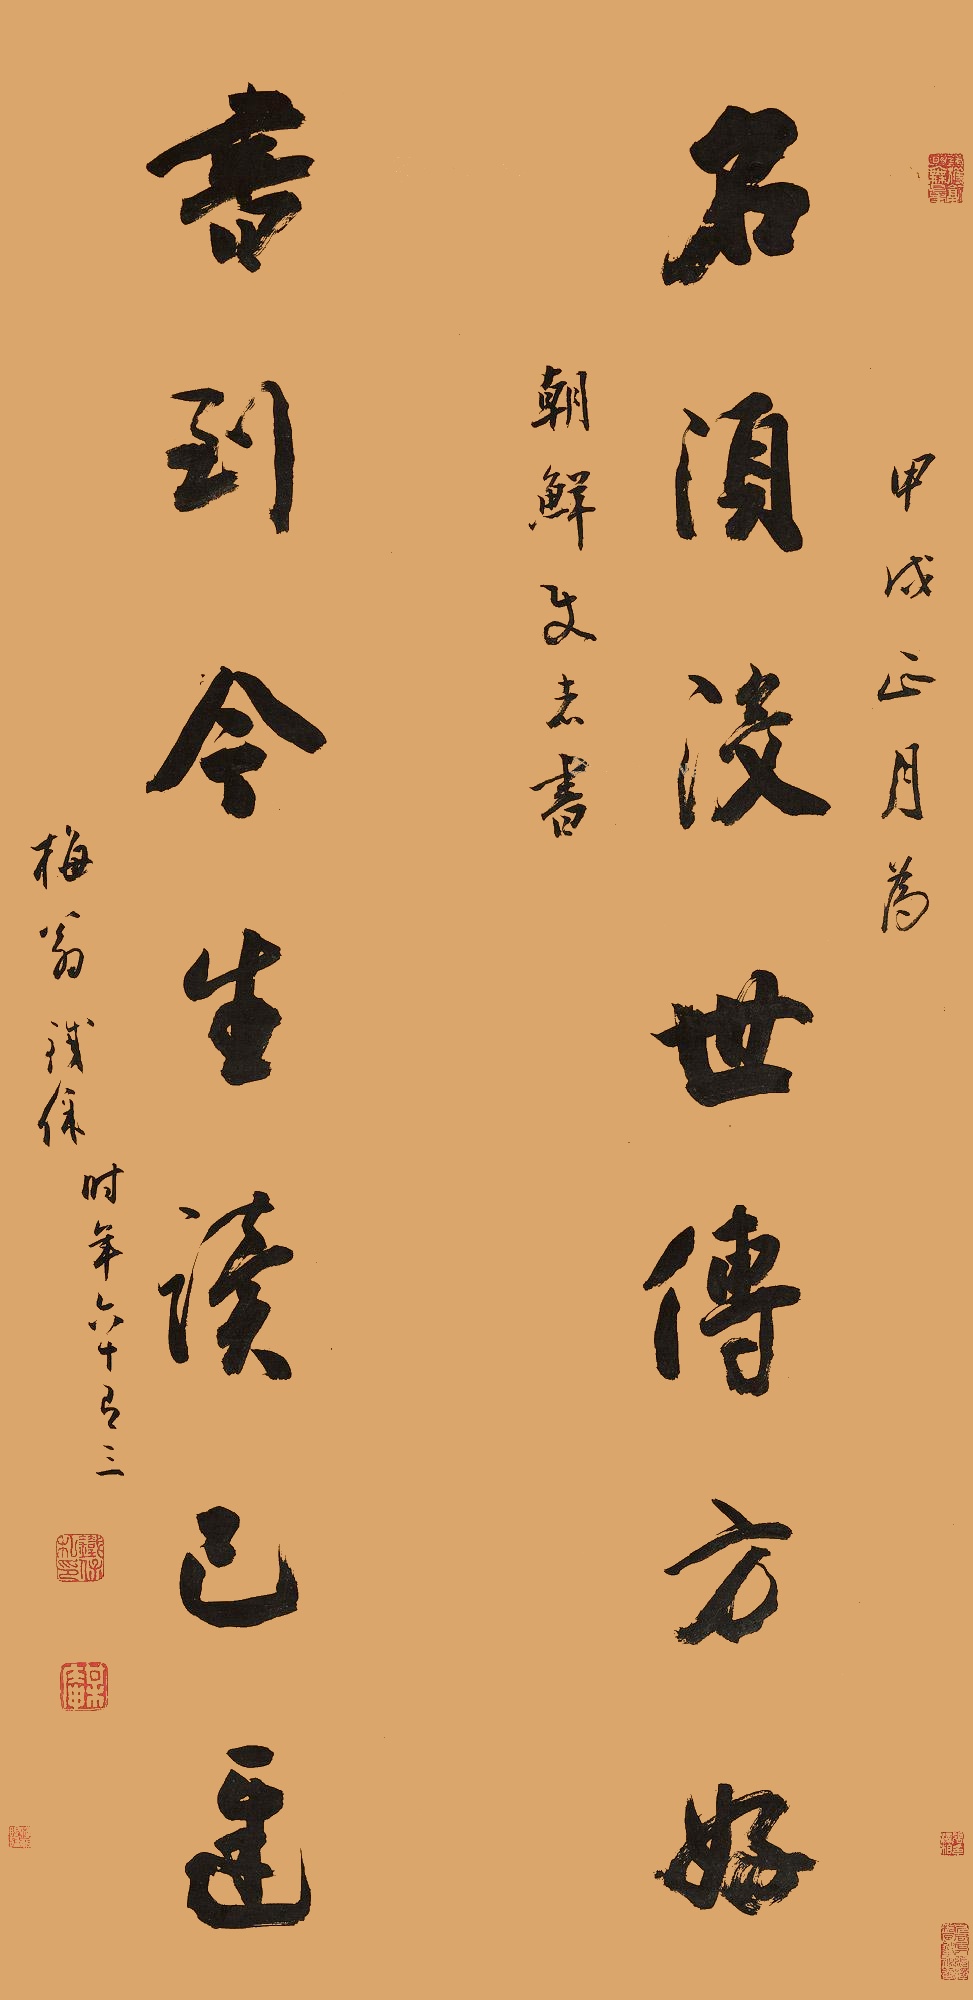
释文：名须没世传（称）方好，书到今生读已迟。甲戌（1815年）正月为朝鲜使者书，梅翁铁保时年六十有三。